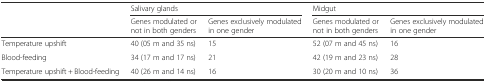
<table><thead><tr><td></td><td colspan="2"><b>Salivary glands</b></td><td colspan="2"><b>Midgut</b></td></tr><tr><td></td><td><b>Genes modulated or not in both genders</b></td><td><b>Genes exclusively modulated in one gender</b></td><td><b>Genes modulated or not in both genders</b></td><td><b>Genes exclusively modulated in one gender</b></td></tr></thead><tbody><tr><td>Temperature upshift</td><td>40 (05 m and 35 ns)</td><td>15</td><td>52 (07 m and 45 ns)</td><td>16</td></tr><tr><td>Blood-feeding</td><td>34 (17 m and 17 ns)</td><td>21</td><td>42 (19 m and 23 ns)</td><td>28</td></tr><tr><td>Temperature upshift + Blood-feeding</td><td>40 (26 m and 14 ns)</td><td>16</td><td>30 (20 m and 10 ns)</td><td>36</td></tr></tbody></table>